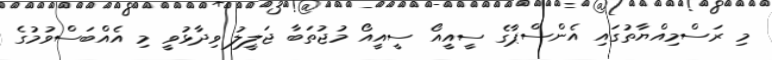
މި ރަސްމިއްޔާތުގައި އެންސްޕާގެ ސީއީއޯ ސީއީއޯ މުޖުތަބާ ޖަލީލު ވިދާޅުވީ މި އެއްބަސްވުމުގެ